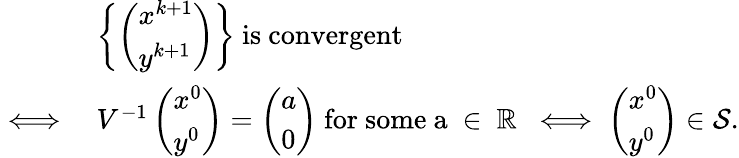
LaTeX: \begin{array}{rl}&{\left\{ \left(\begin{array}{l}{x^{k+1}}\\ {y^{k+1}}\end{array}\right)\right\} ~\mathrm{is~convergent}}\\ {\iff}&{V^{-1}\left(\begin{array}{l}{x^{0}}\\ {y^{0}}\end{array}\right)=\left(\begin{array}{l}{a}\\ {0}\end{array}\right)\ \mathrm{for~some~a~\in~\mathbb{R}~}\iff\left(\begin{array}{l}{x^{0}}\\ {y^{0}}\end{array}\right)\in\mathcal{S}.}\end{array}